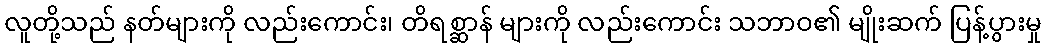
လူတို့သည် နတ်များကို လည်းကောင်း၊ တိရစ္ဆာန် များကို လည်းကောင်း သဘာဝ၏ မျိုးဆက် ပြန့်ပွားမှု